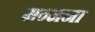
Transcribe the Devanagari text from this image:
मन्मना